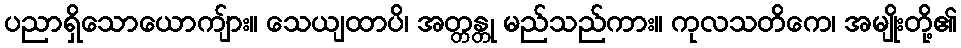
ပညာရှိသောယောကျ်ား။ သေယျထာပိ၊ အတ္တန္တု မည်သည်ကား။ ကုလသတိကေ၊ အမျိုးတို့၏